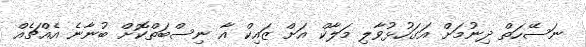
ނަސޭހަތް ދިނުމަށް އަގަހުޅުވާލި މަލާކް އަށް ޒައިކް އާ ނިސްބަތްކޮށް ބުނާނެ އެއްޗެއް